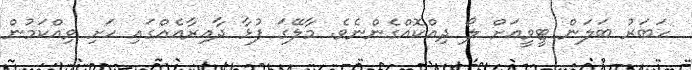
ހަބަރު ބަލަން ޓީވީއަށް ލޯ ދިއްކޮއްގެންނެވެ. މާލޭގަ ފުޅާ ދާއިރާއެއްގައި ހަށި ވިއްކަމުން